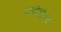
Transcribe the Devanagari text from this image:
गणेशस्य